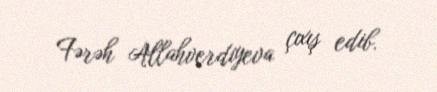
Fərəh Allahverdiyeva çıxış edib.